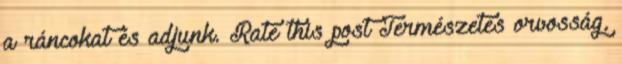
a ráncokat és adjunk. Rate this post Természetes orvosság,